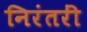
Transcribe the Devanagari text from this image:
निरंतरीं